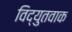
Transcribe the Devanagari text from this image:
विद्युतवाक